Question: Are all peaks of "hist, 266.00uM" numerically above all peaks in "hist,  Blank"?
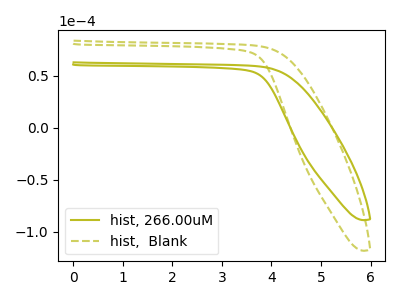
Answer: <think>The olive curve "hist, 266.00uM" has no peaks. The olive dashed curve "hist,  Blank" has no peaks.</think>
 <answer>Niether CV has any peaks.</answer>
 <eval>blanks</eval>